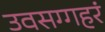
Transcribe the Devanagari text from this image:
उवसग्गहरं